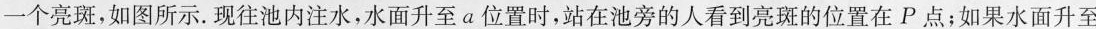
一个亮斑，如图所示。现往池内注水，水面升至a位置时，站在池旁的人看到亮斑的位置在P点；如果水面升至